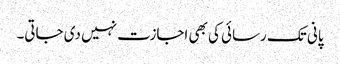
پانی تک رسائی کی بھی اجازت نہیں دی جاتی۔